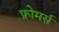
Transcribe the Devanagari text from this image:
फ्रोमर्स